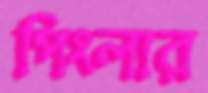
পিংলার